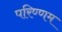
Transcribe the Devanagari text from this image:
परिण्णम